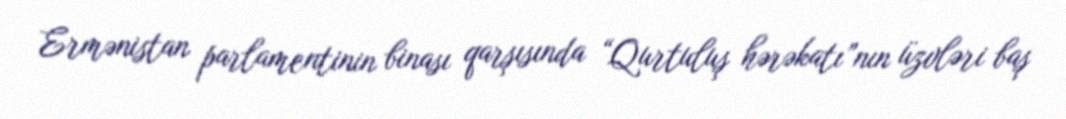
Ermənistan parlamentinin binası qarşısında “Qurtuluş hərəkatı”nın üzvləri baş